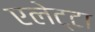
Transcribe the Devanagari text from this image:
एलेट्टा